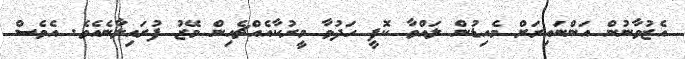
އެޒުވާނުން އަންނައިރަށް މެއިޑުން ލައްވާ ކޮފީ ހަދުވާ މީރުކާއެއްޗެހިން މޭޒު ފުރައިލާނެއެވެ. އެވެސް